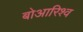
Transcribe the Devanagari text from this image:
बोआरिश्व